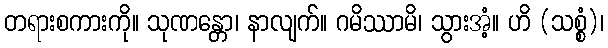
တရားစကားကို။ သုဏန္တော၊ နာလျက်။ ဂမိဿာမိ၊ သွားအံ့။ ဟိ (သစ္စံ)၊